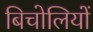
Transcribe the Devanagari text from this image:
बिचोलियों